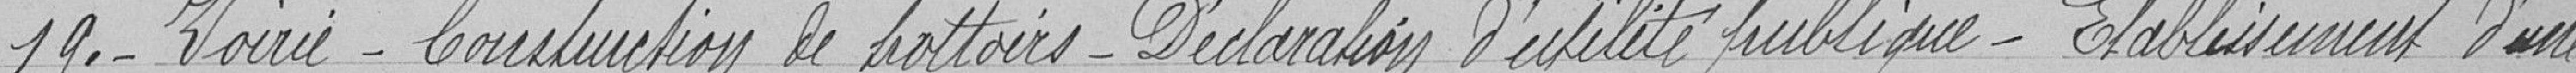
19. - Voirie - Construction de trottoirs - Déclaration d'utilité publique - Etablissement d'une